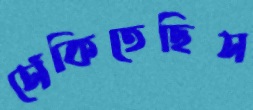
সেঁকিতেছিস